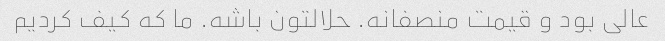
عالی بود و قیمت منصفانه. حلالتون باشه. ما که کیف کردیم